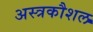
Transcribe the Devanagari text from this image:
अस्त्रकौशल